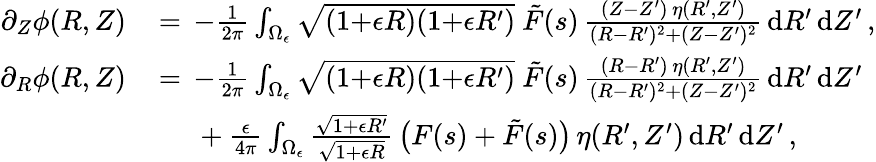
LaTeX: \begin{array}{rl}{\partial_{Z}\phi(R,Z)\, }&{=\, -\frac{1}{2\pi}\int_{\Omega_{\epsilon}}\sqrt{(1{+}\epsilon R)(1{+}\epsilon R^{\prime})}~\tilde{F}(s)\, \frac{(Z{-}Z^{\prime})\, \eta(R^{\prime},Z^{\prime})}{(R{-}R^{\prime})^{2}+(Z{-}Z^{\prime})^{2}}\, \mathrm{d}R^{\prime}\, \mathrm{d}Z^{\prime}\, ,}\\ {\partial_{R}\phi(R,Z)\, }&{=\, -\frac{1}{2\pi}\int_{\Omega_{\epsilon}}\sqrt{(1{+}\epsilon R)(1{+}\epsilon R^{\prime})}~\tilde{F}(s)\, \frac{(R{-}R^{\prime})\, \eta(R^{\prime},Z^{\prime})}{(R{-}R^{\prime})^{2}+(Z{-}Z^{\prime})^{2}}\, \mathrm{d}R^{\prime}\, \mathrm{d}Z^{\prime}}\\ &{\quad~+\frac{\epsilon}{4\pi}\int_{\Omega_{\epsilon}}\frac{\sqrt{1{+}\epsilon R^{\prime}}}{\sqrt{1+\epsilon R}}\, \bigl(F(s)+\tilde{F}(s)\bigr)\, \eta(R^{\prime},Z^{\prime})\, \mathrm{d}R^{\prime}\, \mathrm{d}Z^{\prime}\, ,}\end{array}